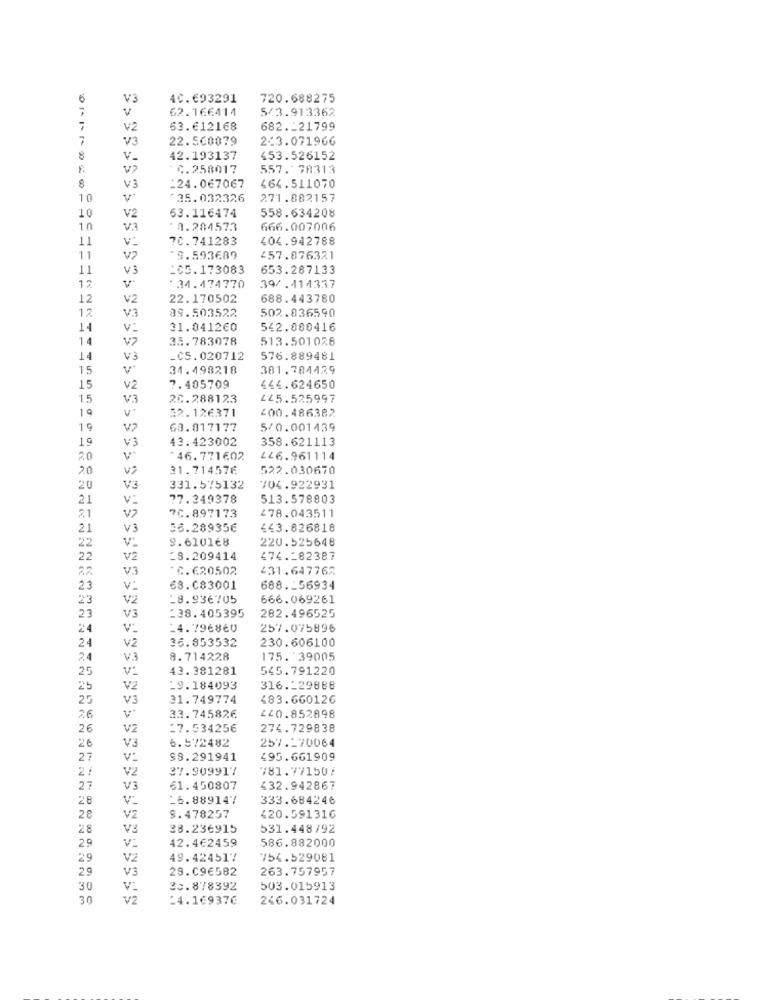
6
V3
4C.693291
720.688275
V
62.166414
5/3.913362
7
V2
63.612168
682 .- 21799
7
V3
22.560079
2/3.071966
8
v_
42.193137
453.526152
v>
*C.258017
557. 78313
8
V3
-24.067067
464.511070
10
$35.032326
271.882157
558.634208
10
V2
63.116474
10
V3
*A.284573
666.007006
11
v:
?C. 741283
404.942788
11
V2
₾9.593689
457.876321
11
V3
_C5.173083
653.287133
12
34.474770
39/.414337
12
V2
22.170502
688.443780
12
39.503522
502.836590
V3
14
31.041260
542.000416
14
V2
35.783078
513.501028
14
V3
_C5.020712
576.889481
15
34.498218
381.784429
15
V2
7.405709
444.624650
15
V3
20.288123
145.525997
19
32.126371
200.486382
19
V2
63.017177
5/0.001439
19
V3
43.423002
358.621113
20
*46.771602
426.961114
2.0
31.714576
522.030670
20
V3
331.575132
704.922931
21
V:
77.349378
513.578803
21
70.897173
478.043511
21
V3
56.28935€
£43.826818
V:
9.610168
220.525648
22
22
V2
28.209414
474.182387
V3
*C.€20502
431.647762
23
v:
68.083001
688 .- 56934
23
V2
_8.936705
666.069261
23
V3
238.405395
282.496525
24
V:
-4.796860
257.075896
36.853532
230.606100
24
v2
24
V.3
8.714228
175. 39005
25
V:
43.381281
545.791220
25
V2
19.184093
316 .- 29888
25
V3
31.749774
483.660126
26
V.
33.745826
220.852898
26
V2
27.534256
274.729838
26
6.572482
257.170064
V3
27
V:
$9.291941
495.661909
2:
V2
27.909917
781.77150/
27
V3
61.450807
432.942867
28
V:
-6.889147
333.684246
28
V2
S.478257
420.591316
28
V3
38.236915
531.448/92
29
42.4€2459
V:
586.882000
29
V2
49.424517
754.529081
29
V3
29.C96582
263.757957
30
30.878392
503.015913
30
v2
14.1€937€
246.031724